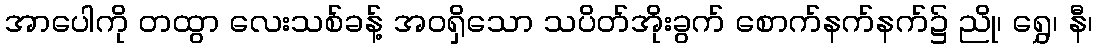
အာပေါကို တထွာ လေးသစ်ခန့် အဝရှိသော သပိတ်အိုးခွက် စောက်နက်နက်၌ ညို၊ ရွှေ၊ နီ၊